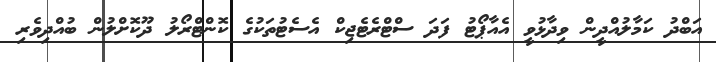
އަބްދު ކަމާލުއްދީން ވިދާޅުވީ އެއާޕޯޓު ފަދަ ސްޓްރެޓެޖިކް އެސެޓުތަކުގެ ކޮންޓްރޯލު ދޫކޮށްލުން ބުއްދިވެރި